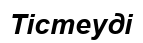
Тістеуді